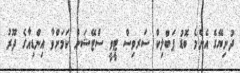
ދުނިޔޭގެ އެންމެ ބޮޑު ޕަބްލިކް ސަރވިސް ޓީވީ ސްޓޭޝަން ކަމަށްވާ އިންޑިއާގެ ދޫރު